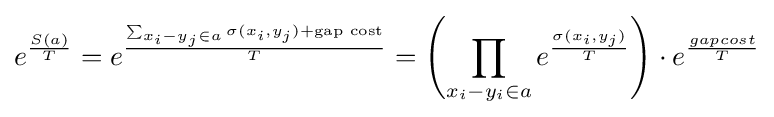
e^{\frac {S(a)}{T}}=e^{\frac {\sum _{x_{i}-y_{j}\in a}\sigma (x_{i},y_{j})+{\text{gap cost}}}{T}}=\left(\prod _{x_{i}-y_{i}\in a}e^{\frac {\sigma (x_{i},y_{j})}{T}}\right)\cdot e^{\frac {gapcost}{T}}